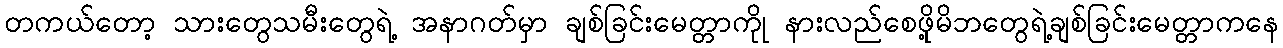
တကယ်တော့ သားတွေသမီးတွေရဲ့ အနာဂတ်မှာ ချစ်ခြင်းမေတ္တာကိုု နားလည်စေဖိုု့မိဘတွေရဲ့ချစ်ခြင်းမေတ္တာကနေ